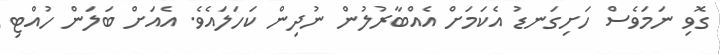
ގޮވި ނަމަވެސް ހަށިގަނޑު އެކަމަށް އެއްބާރުލުން ނުދިން ކަހަލައެވެ. އެއަށް ބަލަން ހުއްޓި